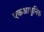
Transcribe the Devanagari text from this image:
एकआधुनिक